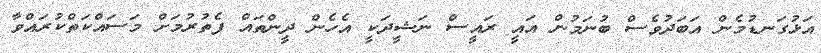
އަޅުގަނޑުމެން އަބަދުވެސް ބުނަމުން އައީ ރައީސް ނަޝީދަކީ އެހެން ދީންތައް ފެތުރުމަށް މަސައްކަތްކުރައްވާ